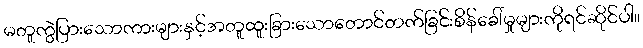
မတူကွဲပြားသောကားများနှင့်အတူထူးခြားသောတောင်တက်ခြင်းစိန်ခေါ်မှုများကိုရင်ဆိုင်ပါ။